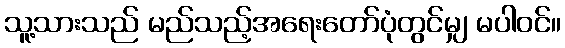
သူ့သားသည် မည်သည့်အရေးတော်ပုံတွင်မျှ မပါဝင်။